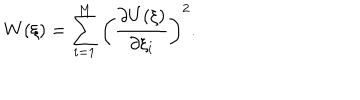
LaTeX: W ( \xi ) = \sum _ { i = 1 } ^ { M } \left( \frac { \partial U ( \xi ) } { \partial \xi _ { i } } \right) ^ { 2 } .